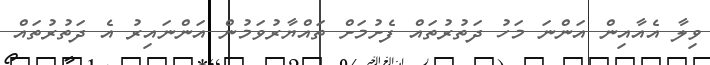
ވިލާ އެއާއިން އަންނަ މަހު ދަތުރުތައް ފެށުމަށް ތައްޔާރުވަމުން އަންނައިިރު އެ ދަތުރުތައް